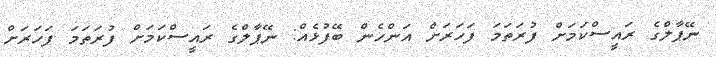
ނޭޕާލްގެ ރައީސްކަމަށް ފުރަތަމަ ފަހަރަށް އަންހެން ބޭފުޅެއް: ނޭޕާލްގެ ރައީސްކަމަށް ފުރަތަމަ ފަހަރަށް